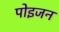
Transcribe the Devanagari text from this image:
पोइजन